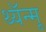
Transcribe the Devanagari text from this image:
थ्यॅन्मू